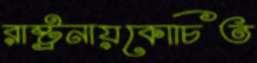
রাষ্ট্রনায়কোচিত